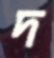
দ